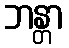
ဘန္တာ